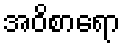
အဝိစာရော